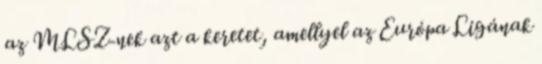
az MLSZ-nek azt a keretet, amellyel az Európa Ligának